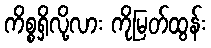
ကိစ္စရှိလို့လား ကိုမြတ်ထွန်း